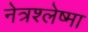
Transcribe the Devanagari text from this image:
नेत्रश्लेष्मा